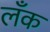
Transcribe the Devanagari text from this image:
लँक